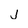
Character: j